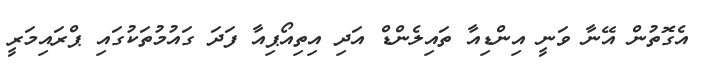
އެގޮތުން އޭނާ ވަނީ އިންޑިއާ ތައިލެންޑް އަދި އިތިއޯޕިއާ ފަދަ ގައުމުތަކުގައި ޕްރައިމަރީ